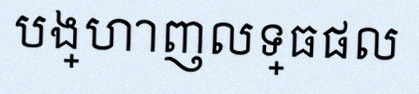
បង្ហាញលទ្ធផល